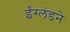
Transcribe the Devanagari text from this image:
ईंग्लंडने